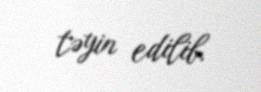
təyin edilib.